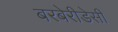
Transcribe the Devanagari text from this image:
बरबेरीडेसी